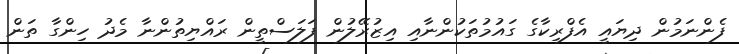
ފެންނަމުން ދިޔައީ އެފްރިކާގެ ގައުމުތަކުންނާއި އިޒުރޭލުން ފަލަސްތީން ރައްޔިތުންނާ މެދު ހިންގާ ތަން